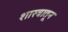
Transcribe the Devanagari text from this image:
शास्त्रातून